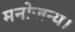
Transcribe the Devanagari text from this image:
मनोजन्य।